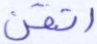
أتقن